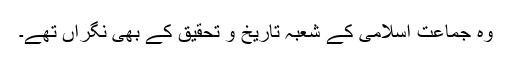
وہ جماعت اسلامی کے شعبہ تاریخ و تحقیق کے بھی نگراں تھے۔